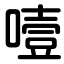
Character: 噎